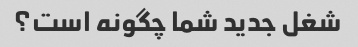
شغل جدید شما چگونه است؟